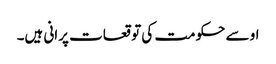
او سے حکومت کی توقعات پرانی ہیں۔